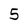
Character: 5